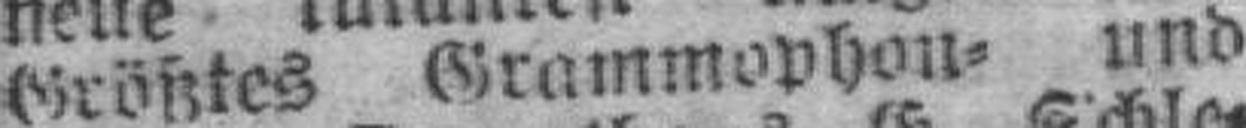
Größtes Grammophon= und